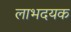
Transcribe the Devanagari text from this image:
लाभदयक